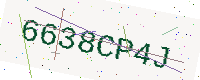
Text: 6638CP4J